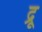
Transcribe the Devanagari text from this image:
द्रू